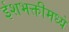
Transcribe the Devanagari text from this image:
ईशभक्तीमध्ये